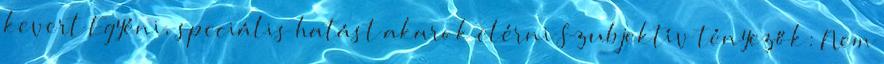
kevert Egyéni, speciális hatást akarok elérni Szubjektív tényezők: Nem